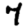
Digit: 7